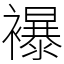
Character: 襮